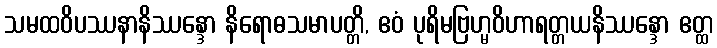
သမထဝိပဿနာနိဿန္ဒော နိရောဓသမာပတ္တိ, ဧဝံ ပုရိမဗြဟ္မဝိဟာရတ္တယနိဿန္ဒော ဧတ္ထ